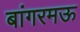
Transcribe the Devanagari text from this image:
बांगरमऊ